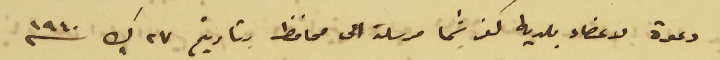
دعوة لاعضاء بلديه كفرشيما مرسلة الى محافظ بتاريخ ٢٧ ك١  سنه ١٩٤٠